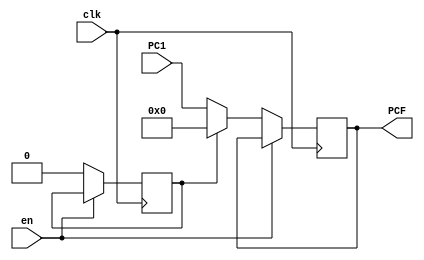
`timescale 1ns / 1ps
//////////////////////////////////////////////////////////////////////////////////
// Company: 
// Engineer: 
// 
// Design Name: 
// Module Name:    PC_REG 
// Project Name: 
// Target Devices: 
// Tool versions: 
// Description: 
//
// Dependencies: 
//
// Revision: 
// Revision 0.01 - File Created
// Additional Comments: 
//
//////////////////////////////////////////////////////////////////////////////////
module PC_REG(
	input clk,
	input wire en,
	input wire [8:0]PC1,
	output reg [8:0]PCF
    );
	
reg reset = 1;	
	
always@(posedge clk)
begin
	if(en == 0)
	begin
		if(reset == 1)
		begin
			PCF <= 0;
			reset <= 0;
		end	
		else
		begin
			PCF <= PC1;
		end
	end
end



endmodule